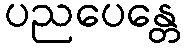
ပညပေန္တေ